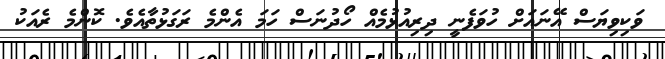
ވަކިވިޔަސް އޭނައަށް ހުވަފެނީ ދިރިއުޅުމެއް ހޯދުނަސް ހަމަ އެންމެ ރަގަޅުތާއެވެ. ކޮންމެ ރެއަކު